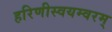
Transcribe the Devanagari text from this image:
हरिणीस्वयम्वरम्